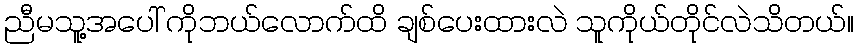
ညီမသူ့အပေါ် ကိုဘယ်လောက်ထိ ချစ်ပေးထားလဲ သူကိုယ်တိုင်လဲသိတယ်။